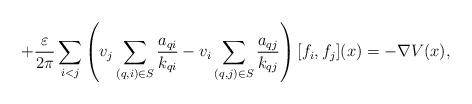
\begin{align*}+\frac{\varepsilon}{2\pi}\sum_{i<j}\left(v_j\sum_{(q,i)\in S}\frac{a_{qi}}{k_{qi}}-v_i\sum_{(q,j)\in S}\frac{a_{qj}}{k_{qj}}\right)[f_i,f_j](x)= -\nabla V(x),\end{align*}